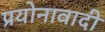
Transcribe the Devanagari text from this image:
प्रयोनावादी